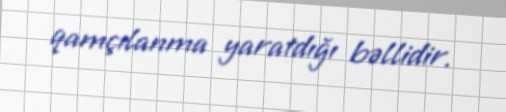
qamçılanma yaratdığı bəllidir.